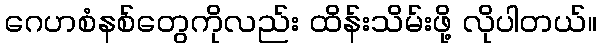
ဂေဟစံနစ်တွေကိုလည်း ထိန်းသိမ်းဖို့ လိုပါတယ်။